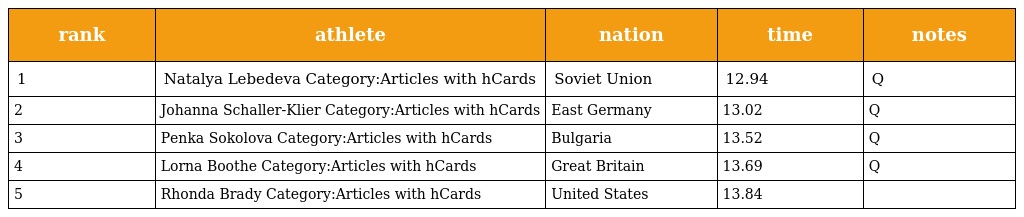
| rank | athlete | nation | time | notes |
 | --- | --- | --- | --- | --- |
 | 1 | Natalya Lebedeva Category:Articles with hCards | Soviet Union | 12.94 | Q |
 | 2 | Johanna Schaller-Klier Category:Articles with hCards | East Germany | 13.02 | Q |
 | 3 | Penka Sokolova Category:Articles with hCards | Bulgaria | 13.52 | Q |
 | 4 | Lorna Boothe Category:Articles with hCards | Great Britain | 13.69 | Q |
 | 5 | Rhonda Brady Category:Articles with hCards | United States | 13.84 |  |